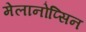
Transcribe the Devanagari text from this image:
मेलानोप्सिन